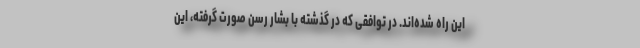
این راه شده‌اند. در توافقی که در گذشته با بشار رسن صورت گرفته، این